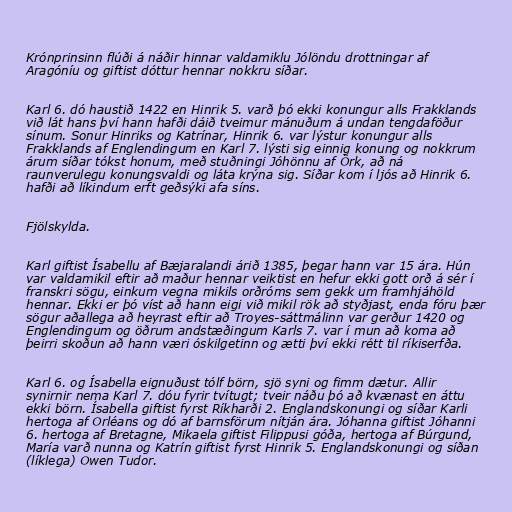
Krónprinsinn flúði á náðir hinnar valdamiklu Jólöndu drottningar af
Aragóníu og giftist dóttur hennar nokkru síðar.

Karl 6. dó haustið 1422 en Hinrik 5. varð þó ekki konungur alls Frakklands
við lát hans því hann hafði dáið tveimur mánuðum á undan tengdaföður
sínum. Sonur Hinriks og Katrínar, Hinrik 6. var lýstur konungur alls
Frakklands af Englendingum en Karl 7. lýsti sig einnig konung og nokkrum
árum síðar tókst honum, með stuðningi Jóhönnu af Örk, að ná
raunverulegu konungsvaldi og láta krýna sig. Síðar kom í ljós að Hinrik 6.
hafði að líkindum erft geðsýki afa síns.

Fjölskylda.

Karl giftist Ísabellu af Bæjaralandi árið 1385, þegar hann var 15 ára. Hún
var valdamikil eftir að maður hennar veiktist en hefur ekki gott orð á sér í
franskri sögu, einkum vegna mikils orðróms sem gekk um framhjáhöld
hennar. Ekki er þó víst að hann eigi við mikil rök að styðjast, enda fóru þær
sögur aðallega að heyrast eftir að Troyes-sáttmálinn var gerður 1420 og
Englendingum og öðrum andstæðingum Karls 7. var í mun að koma að
þeirri skoðun að hann væri óskilgetinn og ætti því ekki rétt til ríkiserfða.

Karl 6. og Ísabella eignuðust tólf börn, sjö syni og fimm dætur. Allir
synirnir nema Karl 7. dóu fyrir tvítugt; tveir náðu þó að kvænast en áttu
ekki börn. Ísabella giftist fyrst Ríkharði 2. Englandskonungi og síðar Karli
hertoga af Orléans og dó af barnsförum nítján ára. Jóhanna giftist Jóhanni
6. hertoga af Bretagne, Mikaela giftist Filippusi góða, hertoga af Búrgund,
María varð nunna og Katrín giftist fyrst Hinrik 5. Englandskonungi og síðan
(líklega) Owen Tudor.